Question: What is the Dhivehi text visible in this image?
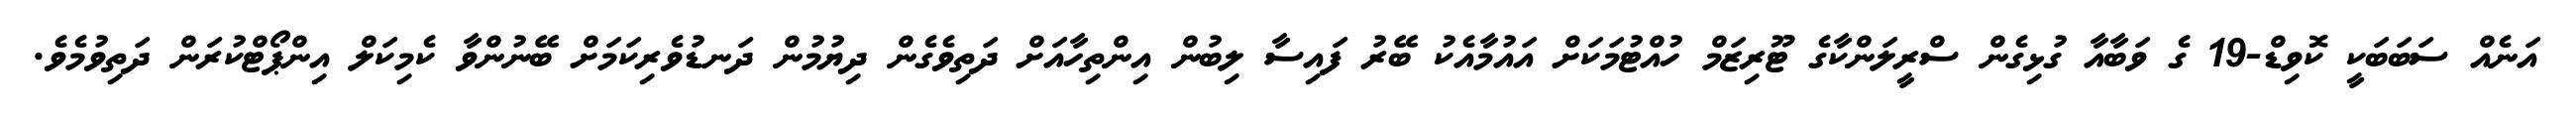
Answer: އަނެއް ސަބަބަކީ ކޮވިޑް-19 ގެ ވަބާއާ ގުޅިގެން ސްރީލަންކާގެ ޓޫރިޒަމް ހުއްޓުމަކަށް އައުމާއެކު ބޭރު ފައިސާ ލިބުން އިންތިހާއަށް ދަތިވެގެން ދިޔުމުން ދަނޑުވެރިކަމަށް ބޭނުންވާ ކެމިކަލް އިންޕޯޓްކުރަން ދަތިވުމެވެ.